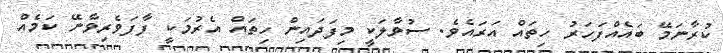
ކުރާނަމޭ ބައެއްފަހަރު ހިތައް އަރައެވެ. ސުވާލަކީ މިފަދައިން ހިތައް އެރުމަކީ ފާފަވެރިވާނޭ ކަމެއް